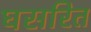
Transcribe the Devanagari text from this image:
घसरित